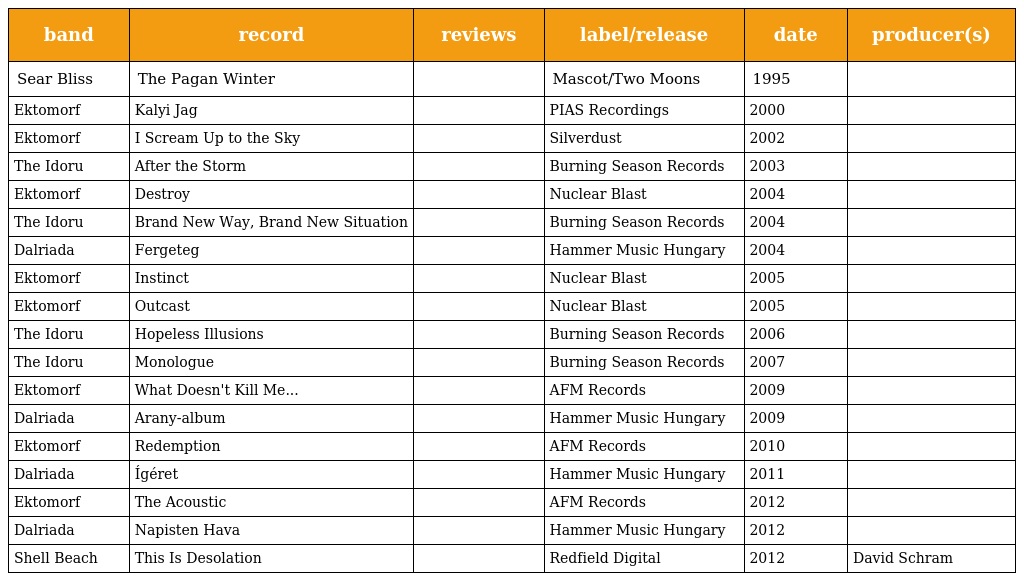
| band | record | reviews | label/release | date | producer(s) |
 | --- | --- | --- | --- | --- | --- |
 | Sear Bliss | The Pagan Winter |  | Mascot/Two Moons | 1995 |  |
 | Ektomorf | Kalyi Jag |  | PIAS Recordings | 2000 |  |
 | Ektomorf | I Scream Up to the Sky |  | Silverdust | 2002 |  |
 | The Idoru | After the Storm |  | Burning Season Records | 2003 |  |
 | Ektomorf | Destroy |  | Nuclear Blast | 2004 |  |
 | The Idoru | Brand New Way, Brand New Situation |  | Burning Season Records | 2004 |  |
 | Dalriada | Fergeteg |  | Hammer Music Hungary | 2004 |  |
 | Ektomorf | Instinct |  | Nuclear Blast | 2005 |  |
 | Ektomorf | Outcast |  | Nuclear Blast | 2005 |  |
 | The Idoru | Hopeless Illusions |  | Burning Season Records | 2006 |  |
 | The Idoru | Monologue |  | Burning Season Records | 2007 |  |
 | Ektomorf | What Doesn't Kill Me... |  | AFM Records | 2009 |  |
 | Dalriada | Arany-album |  | Hammer Music Hungary | 2009 |  |
 | Ektomorf | Redemption |  | AFM Records | 2010 |  |
 | Dalriada | Ígéret |  | Hammer Music Hungary | 2011 |  |
 | Ektomorf | The Acoustic |  | AFM Records | 2012 |  |
 | Dalriada | Napisten Hava |  | Hammer Music Hungary | 2012 |  |
 | Shell Beach | This Is Desolation |  | Redfield Digital | 2012 | David Schram |